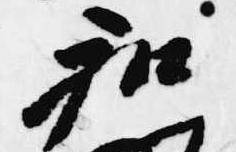
和